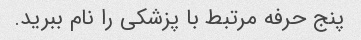
پنج حرفه مرتبط با پزشکی را نام ببرید.